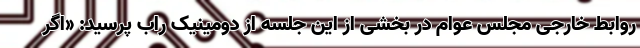
روابط خارجی مجلس عوام در بخشی از این جلسه از دومینیک راب پرسید: «اگر